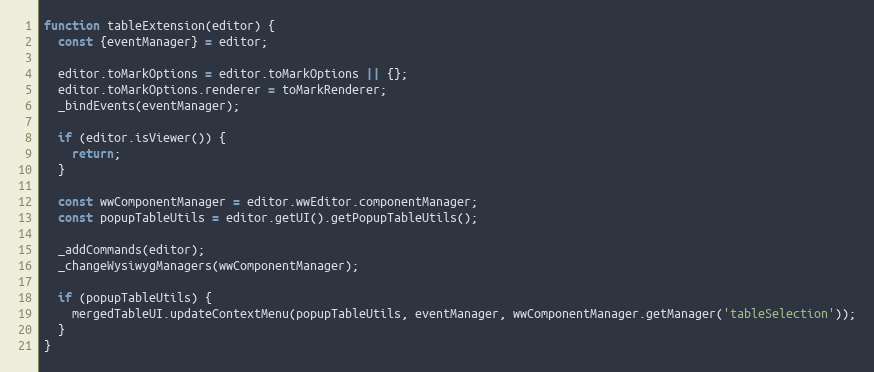
Language: JavaScript
function tableExtension(editor) {
  const {eventManager} = editor;

  editor.toMarkOptions = editor.toMarkOptions || {};
  editor.toMarkOptions.renderer = toMarkRenderer;
  _bindEvents(eventManager);

  if (editor.isViewer()) {
    return;
  }

  const wwComponentManager = editor.wwEditor.componentManager;
  const popupTableUtils = editor.getUI().getPopupTableUtils();

  _addCommands(editor);
  _changeWysiwygManagers(wwComponentManager);

  if (popupTableUtils) {
    mergedTableUI.updateContextMenu(popupTableUtils, eventManager, wwComponentManager.getManager('tableSelection'));
  }
}